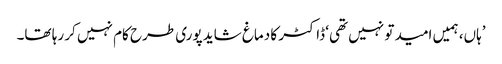
’ہاں، ہمیں امید تو نہیں تھی‘ ڈاکٹر کا دماغ شاید پوری طرح کام نہیں کر رہا تھا۔